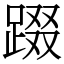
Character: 䟾